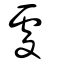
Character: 豦